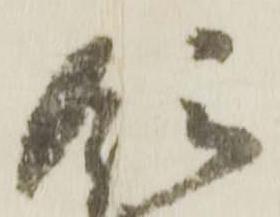
領